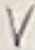
Text: V